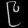
Digit: ၉